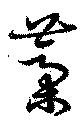
藁